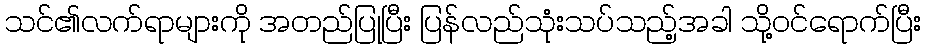
သင်၏လက်ရာများကို အတည်ပြုပြီး ပြန်လည်သုံးသပ်သည့်အခါ သို့ဝင်ရောက်ပြီး